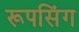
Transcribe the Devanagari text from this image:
रूपसिंग